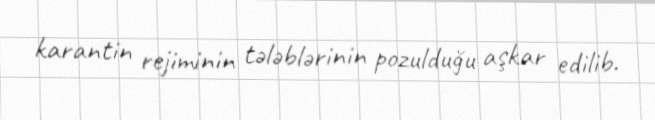
karantin rejiminin tələblərinin pozulduğu aşkar edilib.